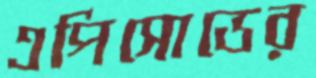
এপিসোডের